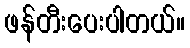
ဖန်တီးပေးပါတယ်။